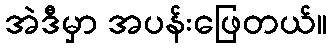
အဲဒီမှာ အပန်းဖြေတယ်။